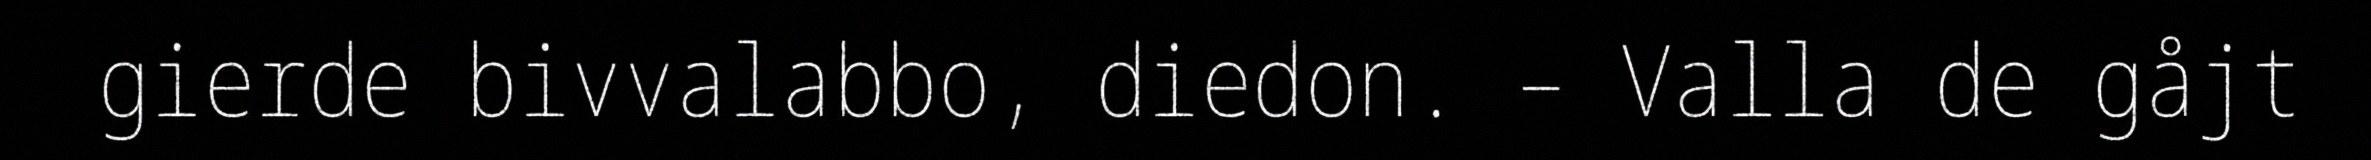
gierde bivvalabbo, diedon. – Valla de gåjt